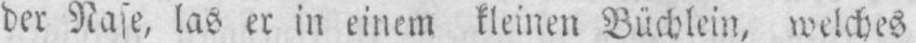
der Nase, las er in einem kleinen Büchlein, welches